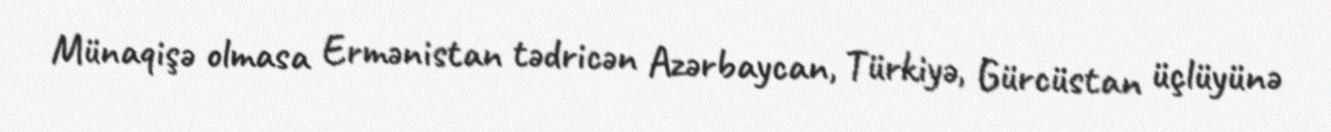
Münaqişə olmasa Ermənistan tədricən Azərbaycan, Türkiyə, Gürcüstan üçlüyünə